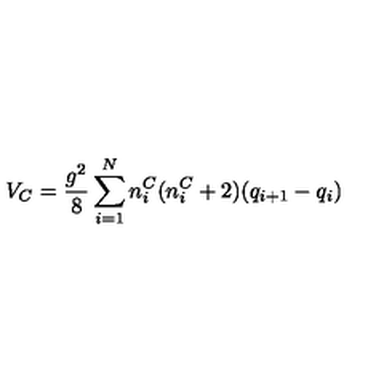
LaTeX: V _ { C } = \frac { g ^ { 2 } } { 8 } \sum _ { i = 1 } ^ { N } n _ { i } ^ { C } ( n _ { i } ^ { C } + 2 ) ( q _ { i + 1 } - q _ { i } )